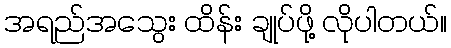
အရည်အသွေး ထိန်း ချုပ်ဖို့ လိုပါတယ်။